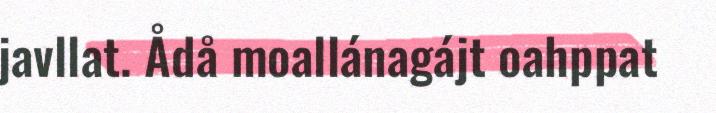
javllat. Ådå moallánagájt oahppat